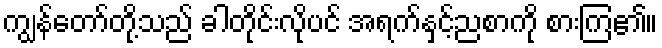
ကျွန်တော်တို့သည် ခါတိုင်းလိုပင် အရက်နှင့်ညစာကို စားကြ၏။